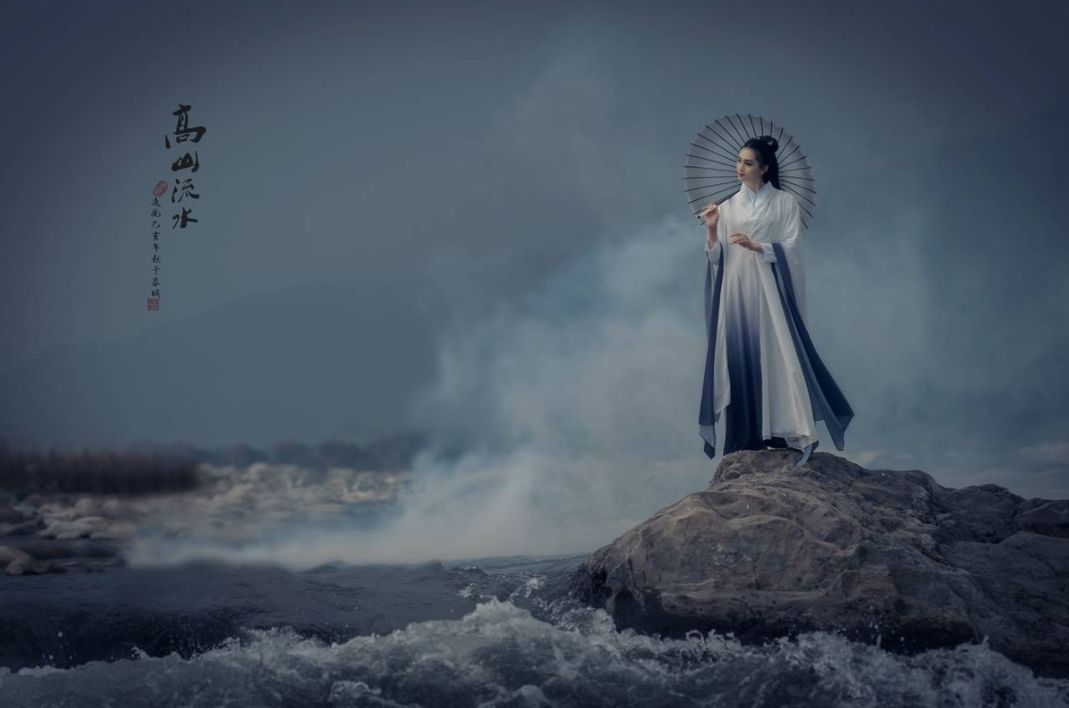
浴不必江海，要之去垢马不必骐骥，要之善走。